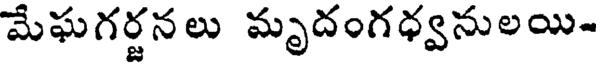
మేఘగర్జనలు మృదంగధ్వనులయి-